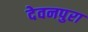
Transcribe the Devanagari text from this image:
देवनपुरा